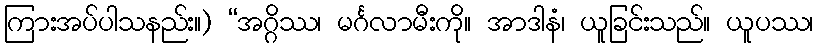
ကြားအပ်ပါသနည်း။) “အဂ္ဂိဿ၊ မင်္ဂလာမီးကို။ အာဒါနံ၊ ယူခြင်းသည်။ ယူပဿ၊